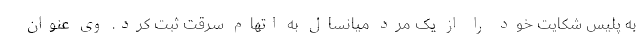
به پلیس شکایت خود را از یک مرد میانسال به اتهام سرقت ثبت کرد. وی عنوان